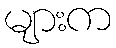
များက